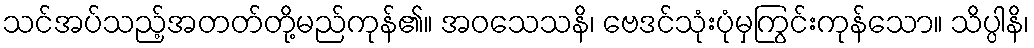
သင်အပ်သည့်အတတ်တို့မည်ကုန်၏။ အဝသေသနိ၊ ဗေဒင်သုံးပုံမှကြွင်းကုန်သော။ သိပ္ပါနိ၊